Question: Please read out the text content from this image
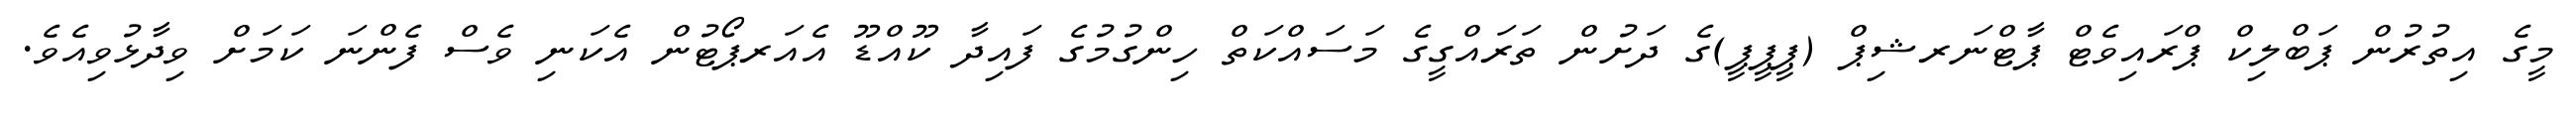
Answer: މީގެ އިތުރުން ޕަބްލިކް ޕްރައިވެޓް ޕާޓްނަރޝިޕް (ޕީޕީޕީ)ގެ ދަށުން ތަރައްގީގެ މަސައްކަތް ހިންގުމުގެ ފައިދާ ކޫއްޑޫ އެއަރޕޯޓުން އެކަނި ވެސް ފެންނަ ކަމަށް ވިދާޅުވިއެވެ.